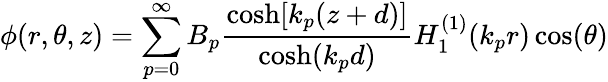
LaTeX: \phi(r,\theta,z)=\sum_{p=0}^{\infty}B_{p}\frac{\cosh[k_{p}(z+d)]}{\cosh(k_{p}d)}H_{1}^{(1)}(k_{p}r)\cos(\theta)